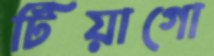
টিয়াগো